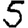
Digit: 5